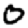
Digit: 0